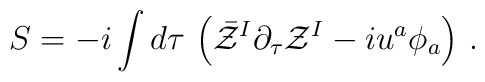
S = - i \int d\tau\, \left(\bar {\cal Z}^I \partial_\tau {\cal Z}^I-i u^a \phi_a\right) \,.